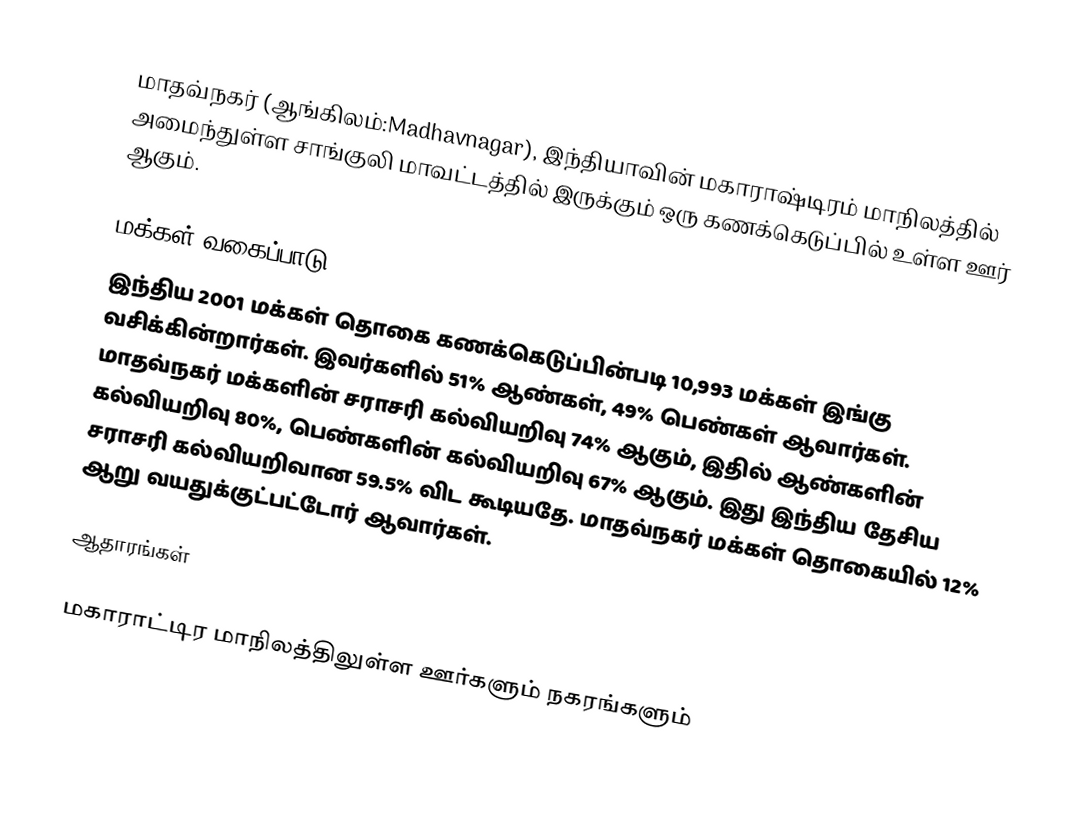
மாதவ்நகர் (ஆங்கிலம்:Madhavnagar), இந்தியாவின் மகாராஷ்டிரம் மாநிலத்தில் அமைந்துள்ள சாங்குலி மாவட்டத்தில் இருக்கும் ஒரு கணக்கெடுப்பில் உள்ள ஊர்  ஆகும்.

மக்கள் வகைப்பாடு
இந்திய 2001 மக்கள் தொகை கணக்கெடுப்பின்படி 10,993 மக்கள் இங்கு வசிக்கின்றார்கள். இவர்களில் 51% ஆண்கள், 49% பெண்கள் ஆவார்கள். மாதவ்நகர் மக்களின் சராசரி கல்வியறிவு 74% ஆகும்,  இதில் ஆண்களின் கல்வியறிவு 80%,  பெண்களின் கல்வியறிவு 67% ஆகும். இது இந்திய தேசிய சராசரி கல்வியறிவான 59.5% விட கூடியதே. மாதவ்நகர் மக்கள் தொகையில் 12%  ஆறு வயதுக்குட்பட்டோர் ஆவார்கள்.

ஆதாரங்கள்

மகாராட்டிர மாநிலத்திலுள்ள ஊர்களும் நகரங்களும்